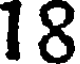
18